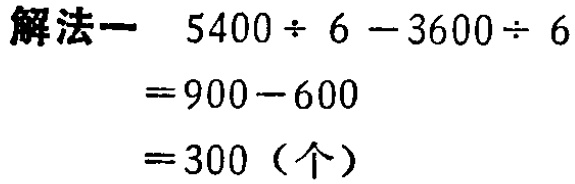
\(
\begin{align*}
&5400\div 6 - 3600\div 6\\
=&900 - 600\\
=&300（个）
\end{align*}
\)